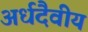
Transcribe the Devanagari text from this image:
अर्धदैवीय